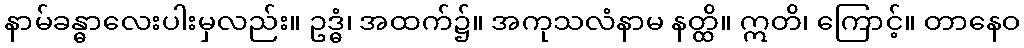
နာမ်ခန္ဓာလေးပါးမှလည်း။ ဥဒ္ဓံ၊ အထက်၌။ အကုသလံနာမ နတ္ထိ။ ဣတိ၊ ကြောင့်။ တာနေဝ